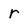
Character: r